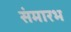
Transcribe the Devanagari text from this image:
संमारभ